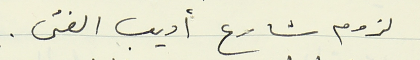
لزوم شارع أديب الفتى.